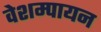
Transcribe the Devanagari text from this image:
वेशम्पायन